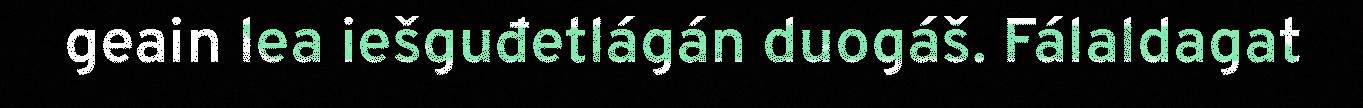
geain lea iešguđetlágán duogáš. Fálaldagat